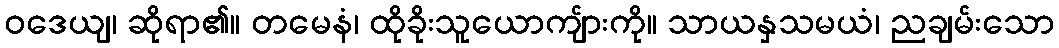
ဝဒေယျ၊ ဆိုရာ၏။ တမေနံ၊ ထိုခိုးသူယောကျ်ားကို။ သာယနှသမယံ၊ ညချမ်းသော